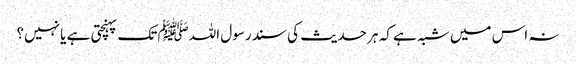
نہ اس میں شبہ ہے کہ ہر حدیث کی سند رسول اللہﷺ تک پہنچتی ہے یا نہیں؟